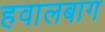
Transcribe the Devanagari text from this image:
हवालबाग